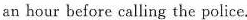
an hour before calling the police.